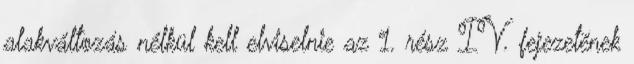
alakváltozás nélkül kell elviselnie az 1. rész IV. fejezetének